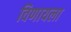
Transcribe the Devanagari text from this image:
विणायला